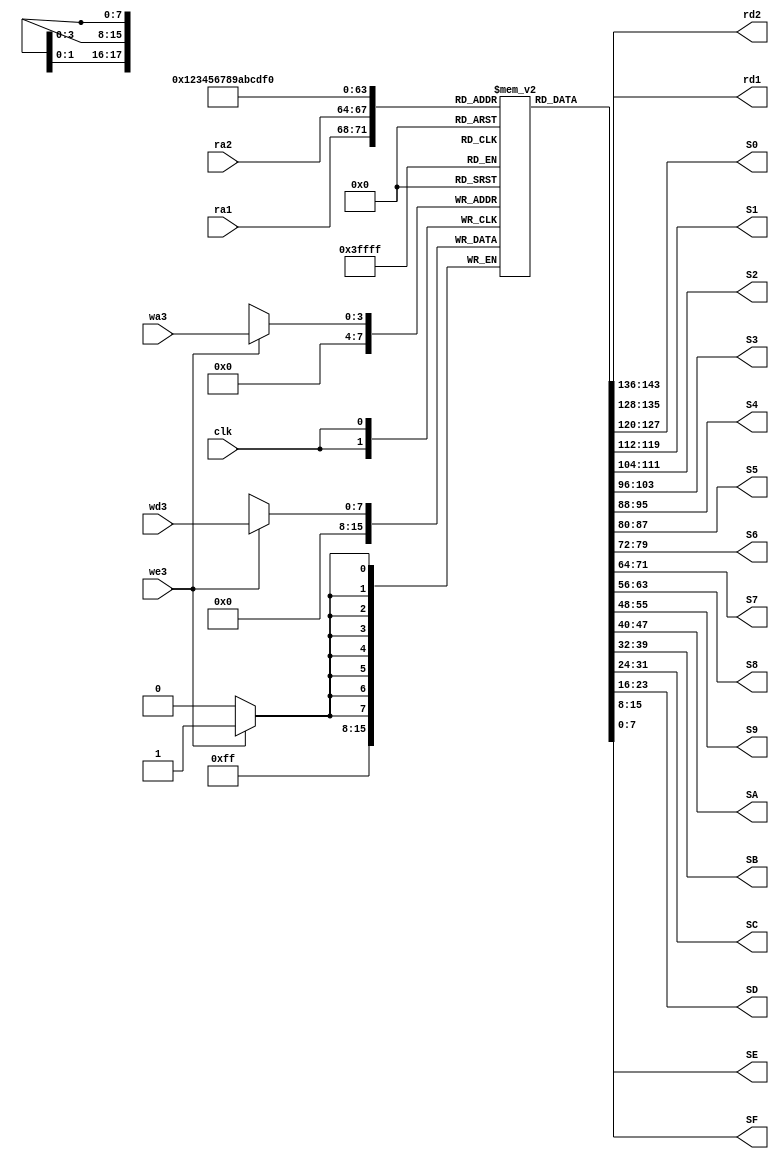
module Registerfile (clk,we3,wa3,ra1,ra2,wd3,rd1,rd2, S0, S1, S2, S3, S4, S5, S6, S7, S8, S9, SA, SB, SC, SD, SE, SF);

input [7:0]wd3;
input [3:0]wa3,ra1,ra2;
input  we3, clk;

output reg[7:0]rd1,rd2;
output reg[7:0]S0, S1, S2, S3, S4, S5, S6, S7, S8, S9, SA, SB, SC, SD, SE, SF;

reg [7:0]registrador[15:0];

always@(posedge clk)
begin
if(we3==1)
registrador[wa3]<=wd3;
registrador[0]<=3'b00000000;

end
always@(*)
begin
rd1 <= registrador[ra1];
rd2 <= registrador[ra2];

S0 <= registrador[0];
S1 <= registrador[1];
S2 <= registrador[2];
S3 <= registrador[3];
S4 <= registrador[4];
S5 <= registrador[5];
S6 <= registrador[6];
S7 <= registrador[7];
S8 <= registrador[8];
S9 <= registrador[9];
SA <= registrador[10];
SB <= registrador[11];
SC <= registrador[12];
SD <= registrador[13];
SE <= registrador[14];
SF <= registrador[15];

end

endmodule